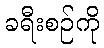
ခရီးစဉ်ကို